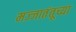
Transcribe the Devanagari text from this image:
मज्जातंतूच्या